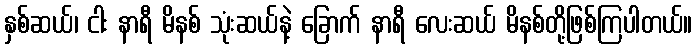
နှစ်ဆယ်၊ ငါး နာရီ မိနစ် သုံးဆယ်နဲ့ ခြောက် နာရီ လေးဆယ် မိနစ်တို့ဖြစ်ကြပါတယ်။